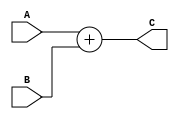
module adder(
			 A,
			 B,
			 C);

parameter bit_size = 32;

input    [bit_size-1:0] A,B ;
output   [bit_size-1:0] C ;

   reg   [bit_size-1:0] C;

  always @(A or B) begin  
	 C = A + B ;
  end

 endmodule